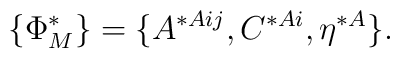
\{\Phi^*_M\}=\{A^{*Aij},C^{*Ai},\eta^{*A}\}.